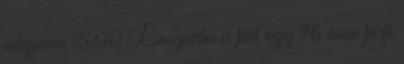
edzésen 15:00 Leszúrta a fiát egy 76 éves férfi